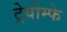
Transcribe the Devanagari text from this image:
ट्रेयोम्फे